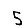
Digit: 5